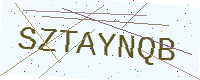
Text: SZTAYNQB